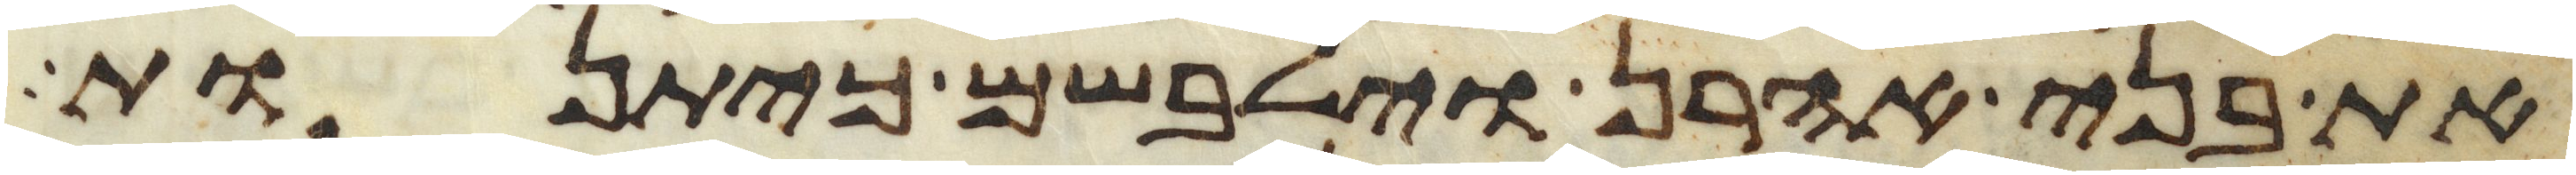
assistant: את בני אהרן וילבשם כיתנות